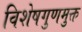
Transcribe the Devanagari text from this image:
विशेषगुणमुक्त